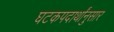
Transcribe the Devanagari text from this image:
घटकपदार्थांनुसार